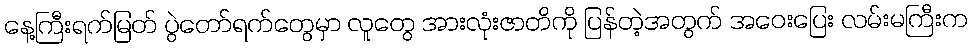
နေ့ကြီးရက်မြတ် ပွဲတော်ရက်တွေမှာ လူတွေ အားလုံးဇာတိကို ပြန်တဲ့အတွက် အဝေးပြေး လမ်းမကြီးက